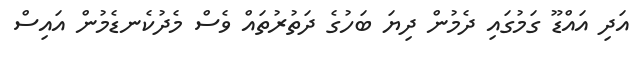
އަދި އައްޑޫ ގަމުގައި ދެމުން ދިޔަ ބަހުގެ ދަތުރުތައް ވެސް މެދުކެނޑެމުން އައިސް